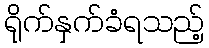
ရိုက်နှက်ခံရသည့်